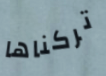
تركناها